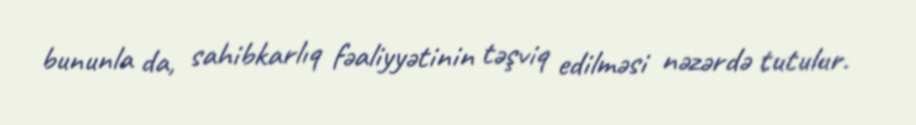
bununla da, sahibkarlıq fəaliyyətinin təşviq edilməsi nəzərdə tutulur.